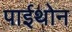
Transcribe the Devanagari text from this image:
पाईथोन